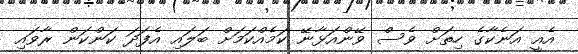
އެއީ އަނެކާގެ ހިތަށް ވެސް ވޭންއަޅާނޭ ކަމެއްކަމަށް ބަލައި އެފަދަ ކަންކަން ރާވައި